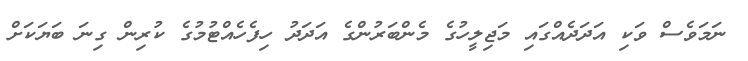
ނަމަވެސް ވަކި އަދަދެއްގައި މަޖިލީހުގެ މެންބަރުންގެ އަދަދު ހިފެހެއްޓުމުގެ ކުރިން ގިނަ ބަޔަކަށް